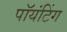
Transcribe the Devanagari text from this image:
पॉयंटिंग